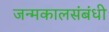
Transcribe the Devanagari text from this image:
जन्मकालसंबंधी